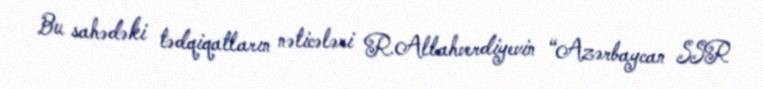
Bu sahədəki tədqiqatların nəticələri R.Allahverdiyevin “Azərbaycan SSR